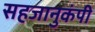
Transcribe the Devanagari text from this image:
सहजानुकंपी